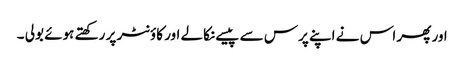
اور پھر اس نے اپنے پرس سے پیسے نکالے اور کاؤنٹر پر رکھتے ہوئے بولی ۔